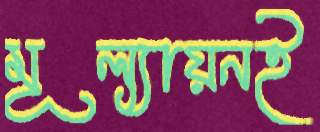
মূল্যায়নই